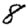
Digit: 8